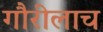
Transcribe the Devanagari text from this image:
गौरीलाच